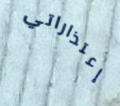
إعتذاراتي